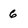
Character: 6